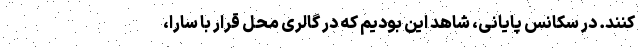
کنند. در سکانس پایانی، شاهد این بودیم که در گالری محل قرار با سارا،